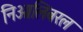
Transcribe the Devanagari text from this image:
निओलिबरल